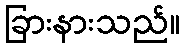
ခြားနားသည်။